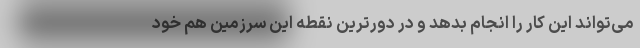
می‌تواند این کار را انجام بدهد و در دورترین نقطه این سرزمین هم خود